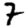
Digit: 7